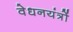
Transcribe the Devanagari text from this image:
वेधनयंत्रों